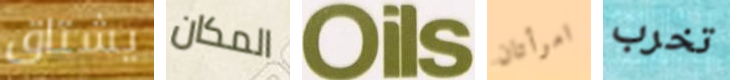
يشتاق المكان Oils امرأتان تخرب